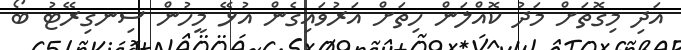
އަދި މިގޮތަށް މަދު ކޮއްލަން ހިތަށް އަރުވައިގެން އުޅޭ މީހުން ސިނގިރޭޓު ބޯ